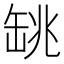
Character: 罀